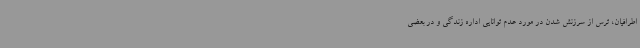
اطرافیان، ترس از سرزنش شدن در مورد عدم توانایی اداره زندگی و در بعضی